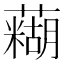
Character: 𫊊